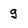
Character: g